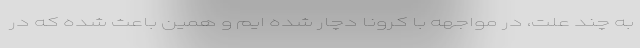
به چند علت، در مواجهه با کرونا دچار شده ایم و همین باعث شده که در